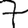
Digit: 7